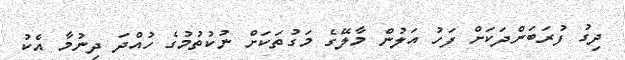
ދިގު ފުރަބަންދަކަށް ފަހު އަލުން މާލޭގެ މަގުތަކަށް ނުކުތުމުގެ ހުއްދަ ދިނުމާ އެކު